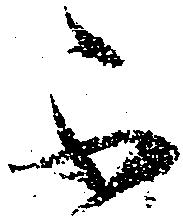
不